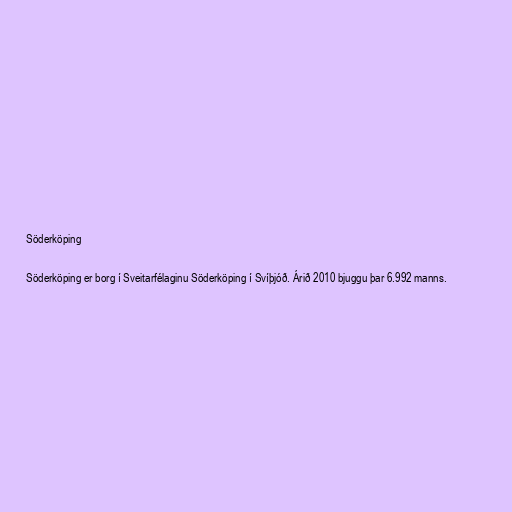
Söderköping

Söderköping er borg í Sveitarfélaginu Söderköping í Svíþjóð. Árið 2010 bjuggu þar 6.992 manns.